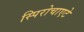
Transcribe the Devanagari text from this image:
स्पिरोचाएटे